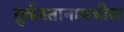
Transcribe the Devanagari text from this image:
तुर्कस्तानामधील